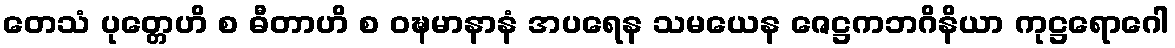
တေသံ ပုတ္တေဟိ စ ဓီတာဟိ စ ဝဍ္ဎမာနာနံ အပရေန သမယေန ဇေဋ္ဌကဘဂိနိယာ ကုဋ္ဌရောဂေါ